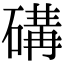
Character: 䃓